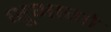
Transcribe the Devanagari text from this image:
भूभागो